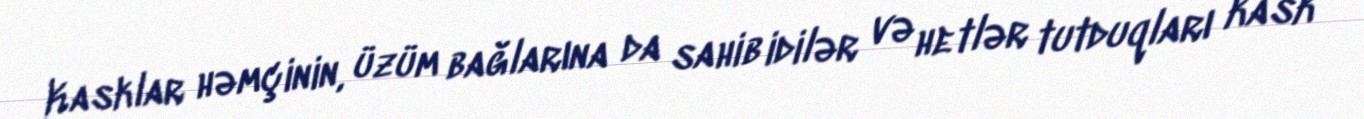
Kasklar həmçinin, üzüm bağlarına da sahib idilər və hetlər tutduqları kask